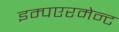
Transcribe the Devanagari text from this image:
इम्पएरमेन्ट